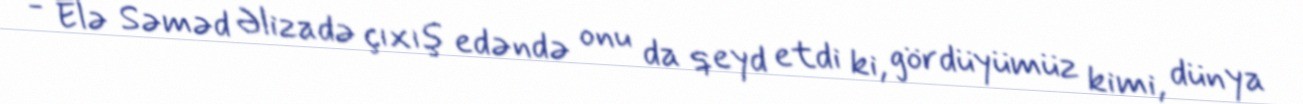
- Elə Səməd Əlizadə çıxış edəndə onu da qeyd etdi ki, gördüyümüz kimi, dünya